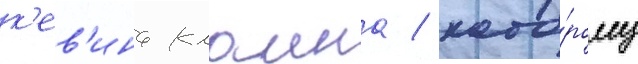
к'ев'ина клаина / кото́рому